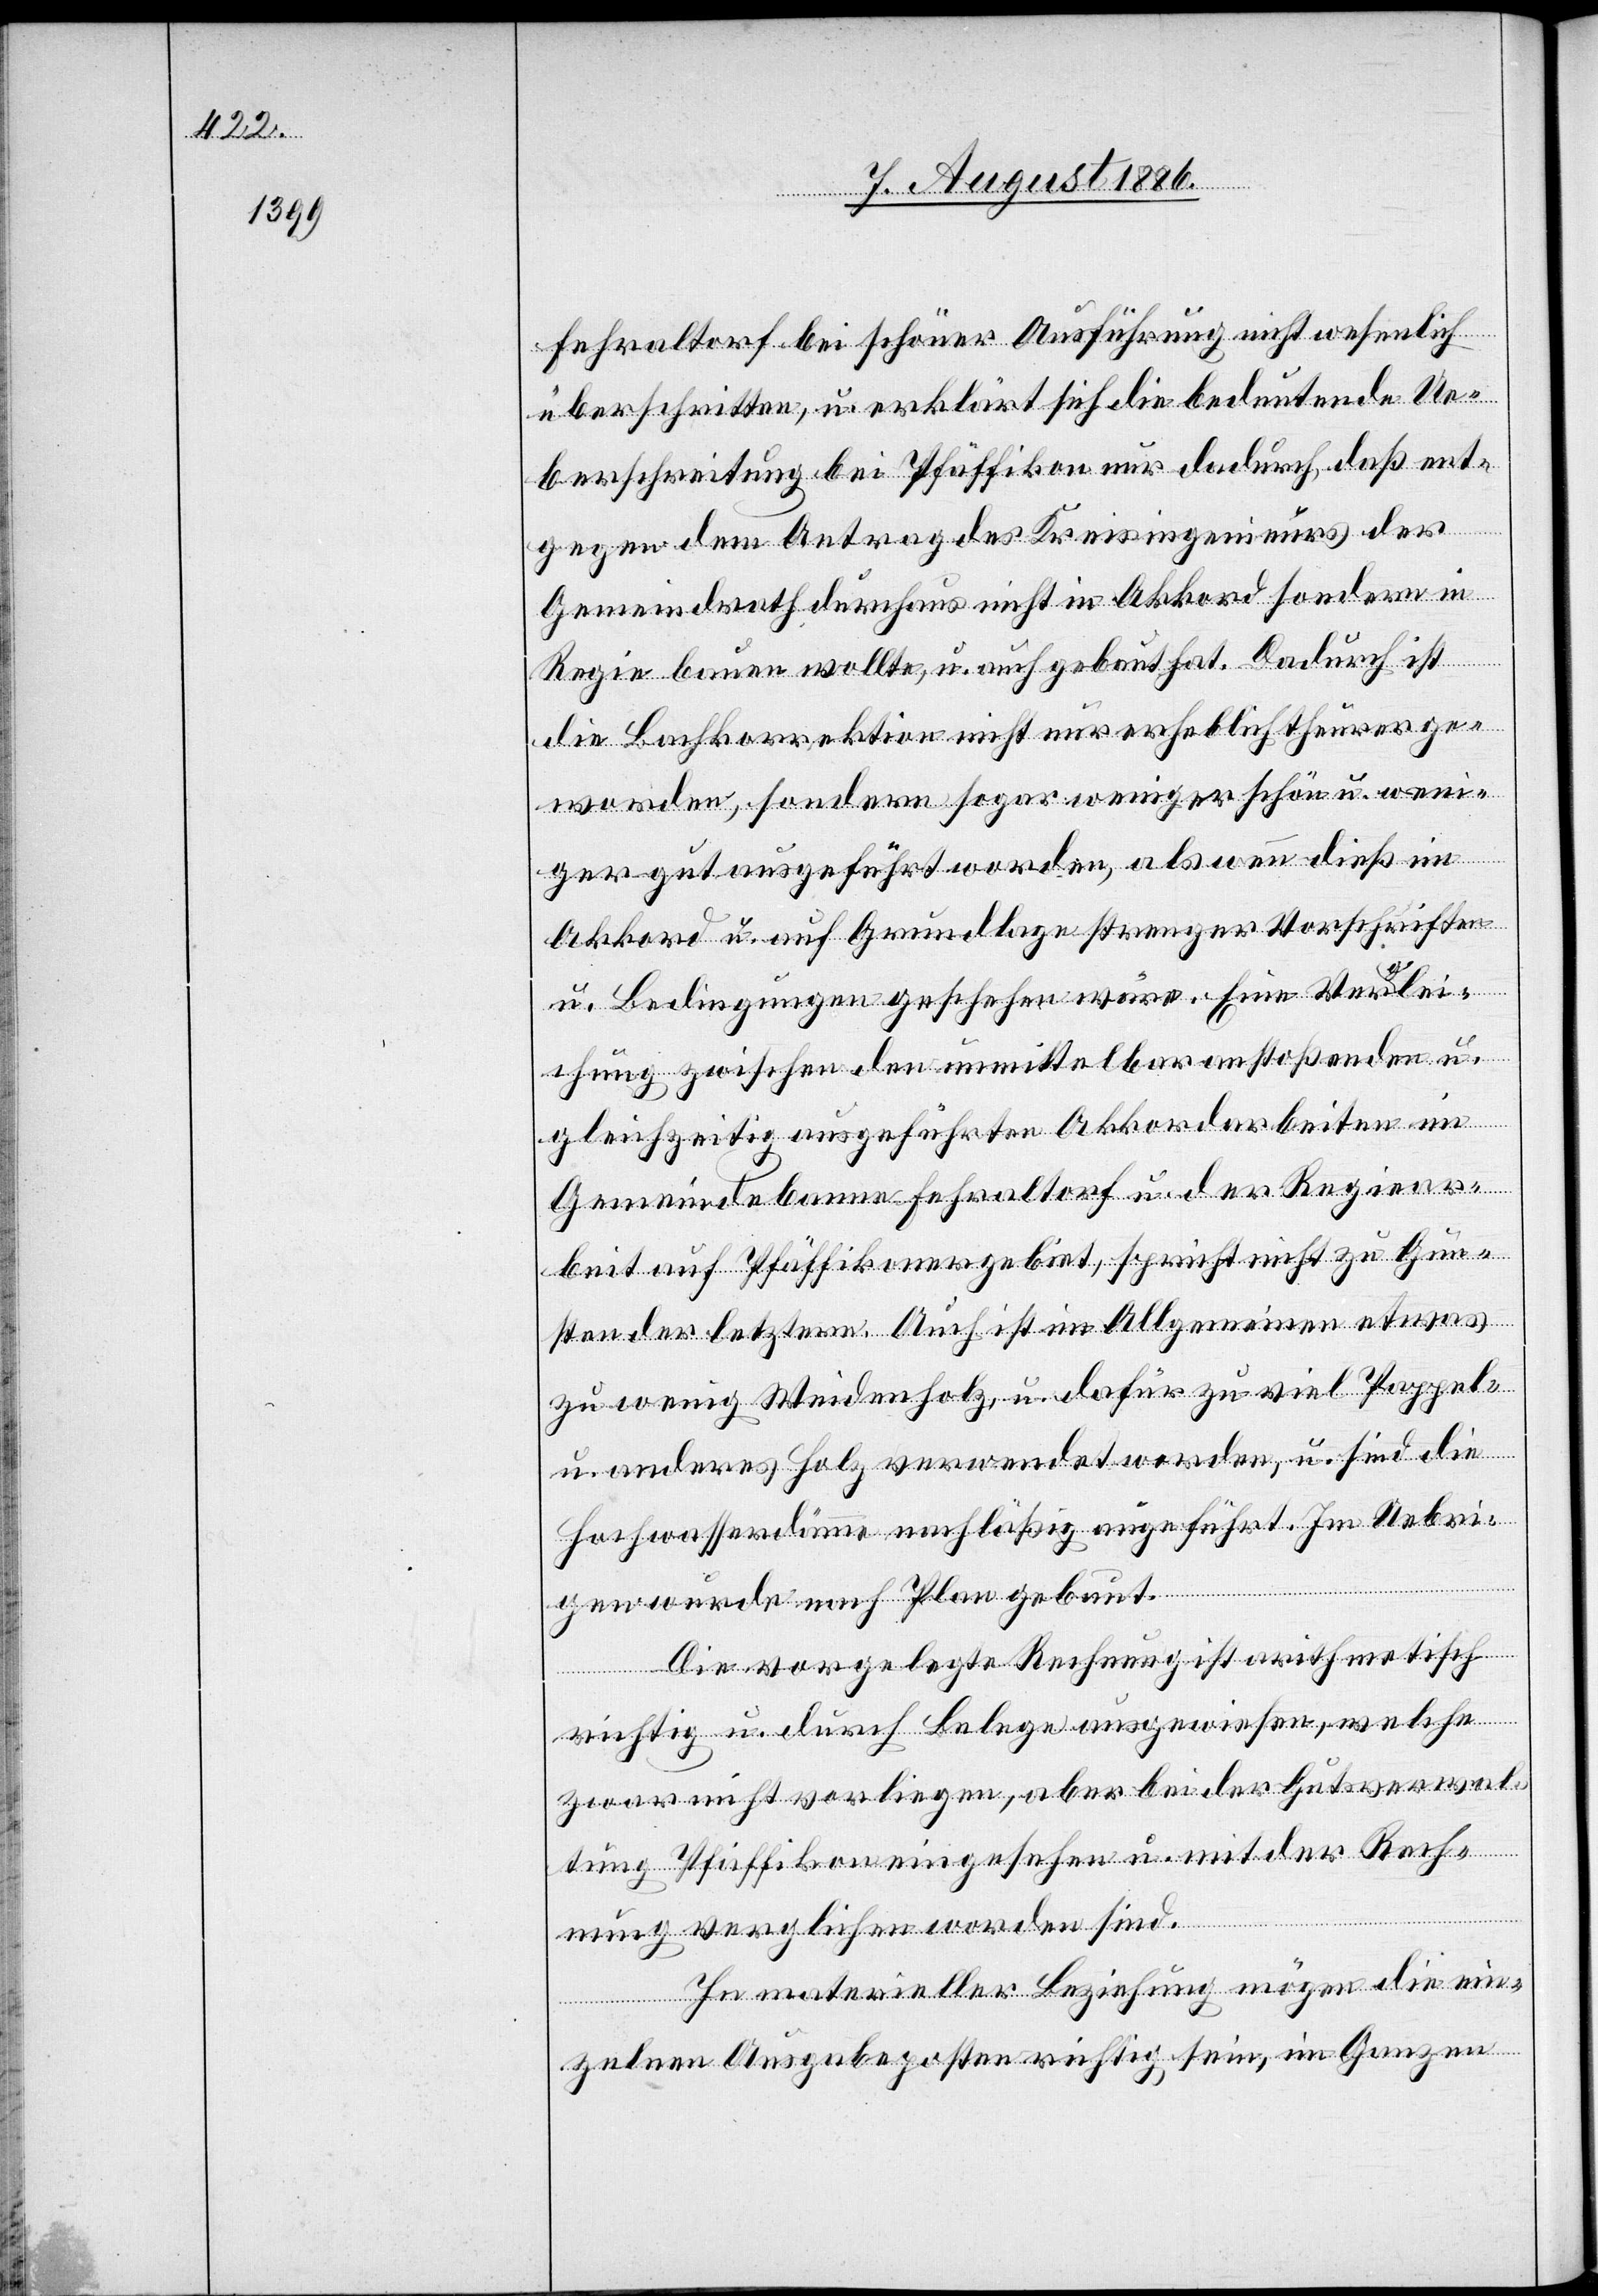
Fehraltorf bei schöner Ausführung nicht wesentlich
überschritten, u. erklärt sich die bedeutende Ue¬
berschreitung bei Pfäffikon nur dadurch, daß ent¬
gegen dem Antrag des Kreisingenieurs der
Gemeindrath durchaus nicht in Akkord sondern in
Regie bauen wollte, u. auch gebaut hat. Dadurch ist
die Bachkorrektion nicht nur erheblich theurer ge¬
worden, sondern sogar weniger schön u. weni¬
ger gut ausgeführt worden, als wenn dieß im
Akkord u. auf Grundlage strenger Vorschriften
u. Bedingungen geschehen wäre. Eine Verglei¬
chung zwischen den unmittelbar anstoßenden u.
gleichzeitig ausgeführten Akkordarbeiten im
Gemeindebanne Fehraltorf u. der Regiear¬
beit auf Pfäffikonergebiet, spricht nicht zu Gun¬
sten der letztern. Auch ist im Allgemeinen etwas
zu wenig Weidenholz, u. dafür zu viel Pappel-
u. anderes Holz verwendet worden, u. sind die
Hochwasserdämme nachläßig ausgeführt. Im Uebri¬
gen wurde nach Plan gebaut.
Die vorgelegte Rechnung ist arithmetisch
richtig u. durch Belege ausgewiesen, welche
zwar nicht vorliegen, aber bei der Gutsverwal¬
tung Pfäffikon eingesehen u. mit der Rechn¬
ung verglichen worden sind.
In materieller Beziehung mögen die ein¬
zelnen Ausgabeposten richtig sein, im Ganzen